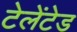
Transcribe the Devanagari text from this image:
टेलेंटेड